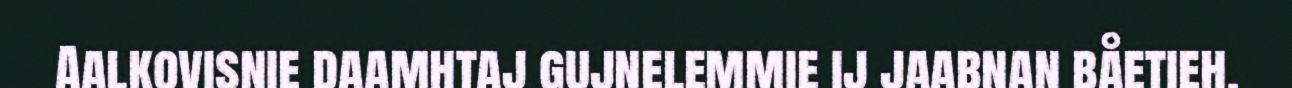
Aalkovisnie daamhtaj gujnelemmie ij jaabnan båetieh.